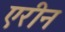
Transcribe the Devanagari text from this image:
एरीन